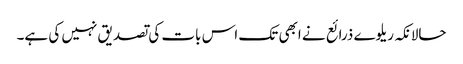
حالانکہ ریلوے ذرائع نے ابھی تک اس بات کی تصدیق نہیں کی ہے۔